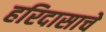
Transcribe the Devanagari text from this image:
हरिदासाचे